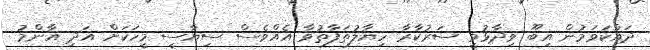
ދައްކަވަމުން އިބޫ ވިދާޅުވީ ސަރުކާރާ ހިޔާލުތަފާތުވާ އެއްވެސް ސިޔާސީ މީހަކަށް އަދި އާންމު